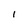
Character: I